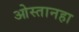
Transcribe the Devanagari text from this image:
ओस्तानहा